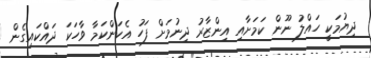
ދިޔުމަކީ ހައްލު ނޫން ކަމަށާއި އިންޒާރު ދިނުމަށް ފަހު އެކަންކަމާ ވާހަކަ ދައްކައިގެން